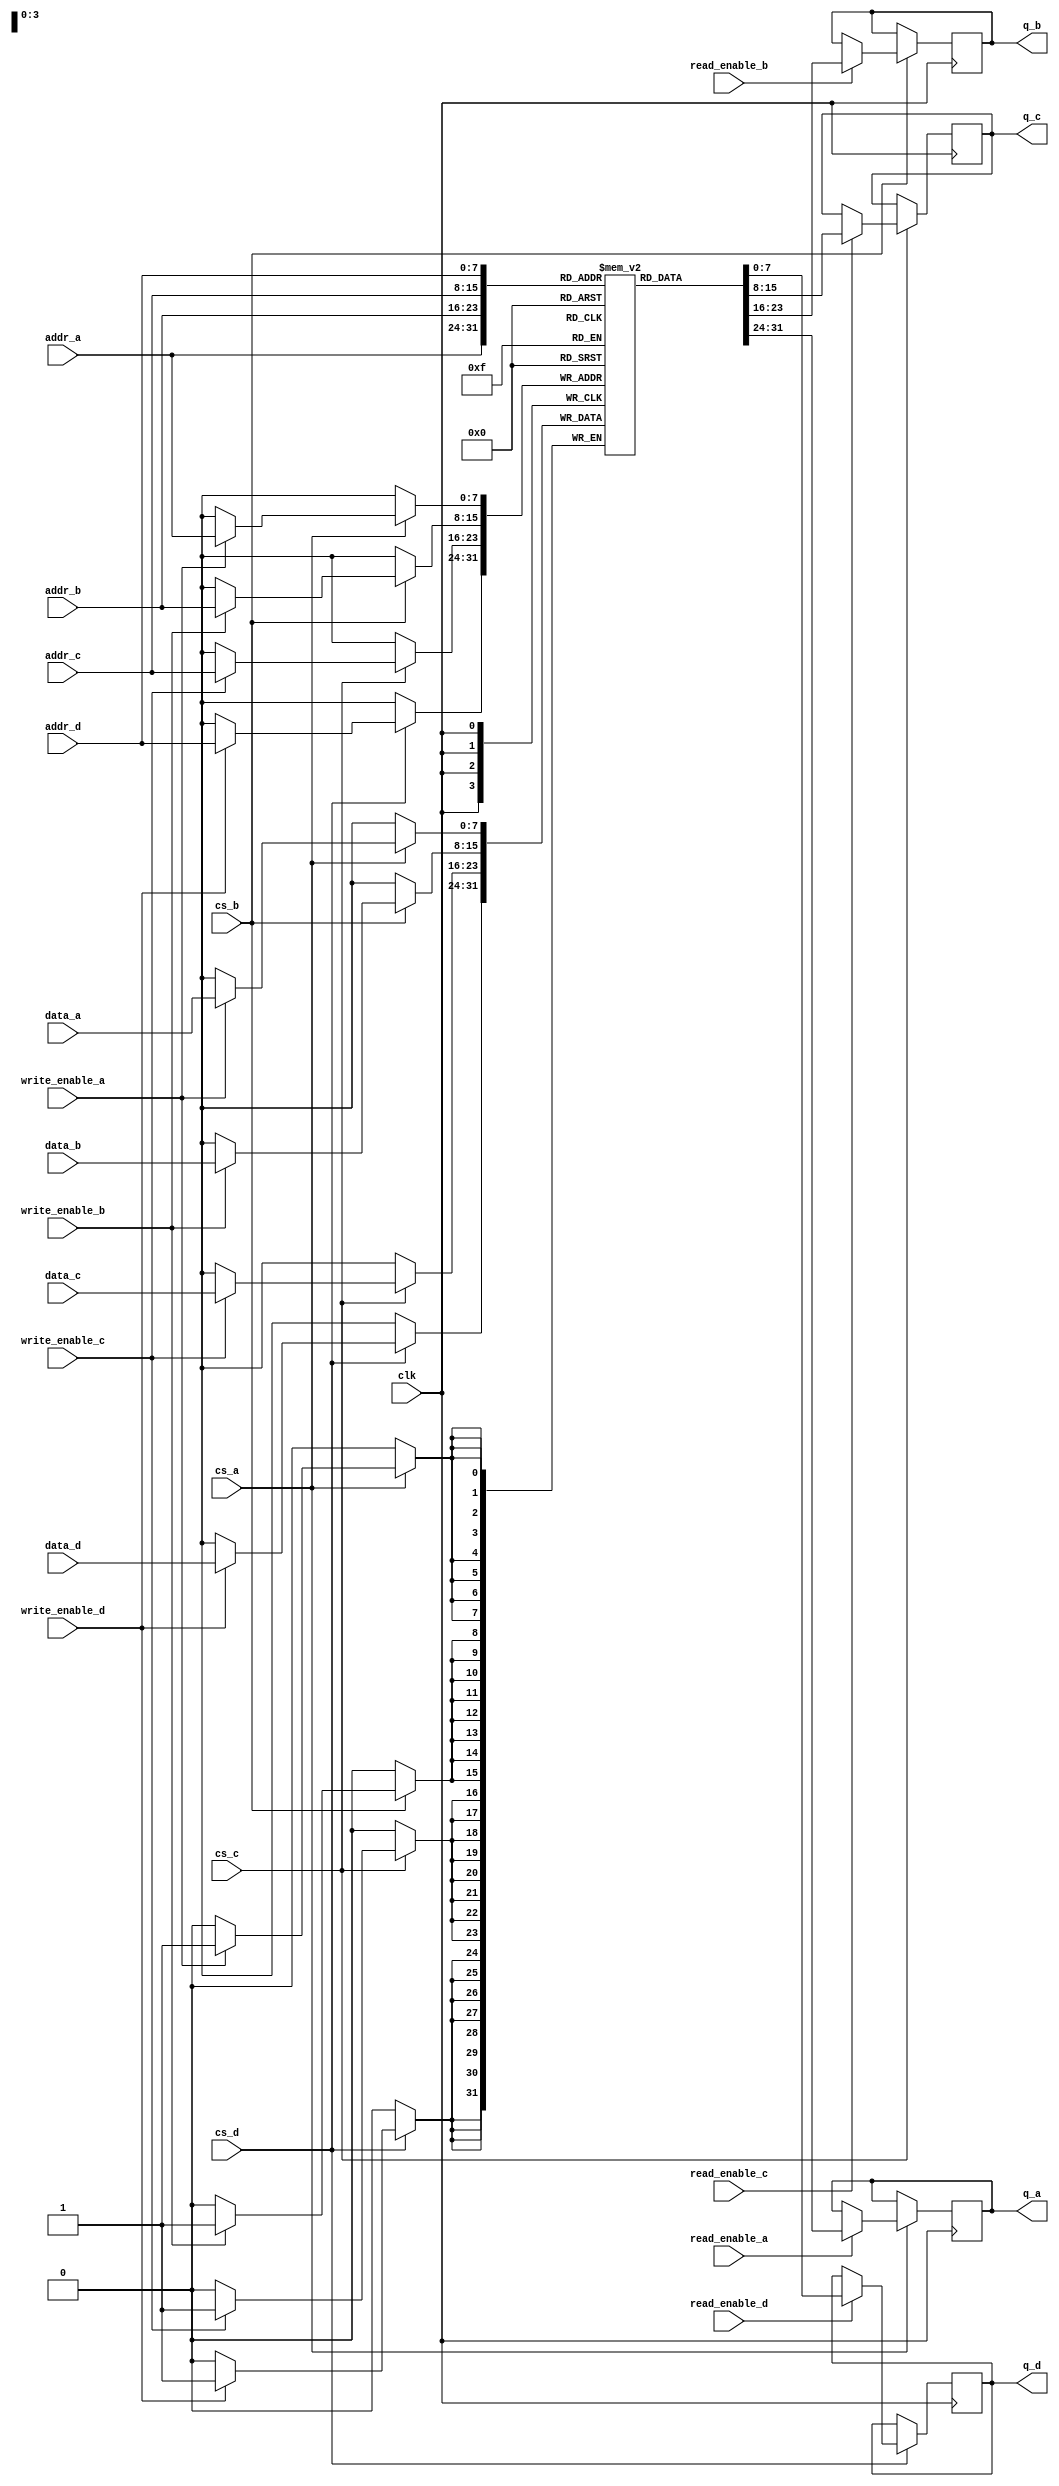
module QuadPortSRAM #(
    parameter ADDR_WIDTH = 8, // Address width (e.g., 256 addresses)
    parameter DATA_WIDTH = 8,  // Data width (e.g., 8 bits)
    parameter MEM_DEPTH = 256   // Memory depth (256 x 8 bits)
)(
    // Port A
    input wire [ADDR_WIDTH-1:0] addr_a,
    input wire [DATA_WIDTH-1:0] data_a,
    input wire read_enable_a,
    input wire write_enable_a,
    input wire cs_a,
    output reg [DATA_WIDTH-1:0] q_a,

    // Port B
    input wire [ADDR_WIDTH-1:0] addr_b,
    input wire [DATA_WIDTH-1:0] data_b,
    input wire read_enable_b,
    input wire write_enable_b,
    input wire cs_b,
    output reg [DATA_WIDTH-1:0] q_b,

    // Port C
    input wire [ADDR_WIDTH-1:0] addr_c,
    input wire [DATA_WIDTH-1:0] data_c,
    input wire read_enable_c,
    input wire write_enable_c,
    input wire cs_c,
    output reg [DATA_WIDTH-1:0] q_c,

    // Port D
    input wire [ADDR_WIDTH-1:0] addr_d,
    input wire [DATA_WIDTH-1:0] data_d,
    input wire read_enable_d,
    input wire write_enable_d,
    input wire cs_d,
    output reg [DATA_WIDTH-1:0] q_d,

    input wire clk // Clock signal for synchronization
);

// Memory array declaration
reg [DATA_WIDTH-1:0] mem [0:MEM_DEPTH-1];

// Write and read operations
always @(posedge clk) begin
    // Port A
    if (cs_a) begin
        if (write_enable_a) begin
            mem[addr_a] <= data_a; // Write data to memory
        end
        if (read_enable_a) begin
            q_a <= mem[addr_a]; // Read data from memory
        end
    end

    // Port B
    if (cs_b) begin
        if (write_enable_b) begin
            mem[addr_b] <= data_b; // Write data to memory
        end
        if (read_enable_b) begin
            q_b <= mem[addr_b]; // Read data from memory
        end
    end

    // Port C
    if (cs_c) begin
        if (write_enable_c) begin
            mem[addr_c] <= data_c; // Write data to memory
        end
        if (read_enable_c) begin
            q_c <= mem[addr_c]; // Read data from memory
        end
    end

    // Port D
    if (cs_d) begin
        if (write_enable_d) begin
            mem[addr_d] <= data_d; // Write data to memory
        end
        if (read_enable_d) begin
            q_d <= mem[addr_d]; // Read data from memory
        end
    end
end

endmodule